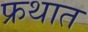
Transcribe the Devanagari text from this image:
फ्रथात